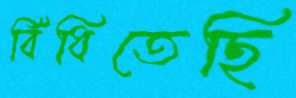
বিঁধিতেছি